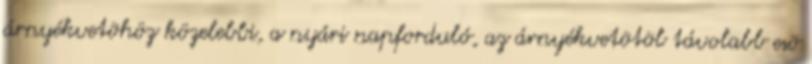
árnyékvetõhöz közelebbi, a nyári napforduló, az árnyékvetõtõl távolabb esõ